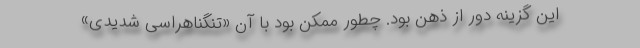
این گزینه دور از ذهن بود. چطور ممکن بود با آن «تنگناهراسی شدیدی»